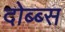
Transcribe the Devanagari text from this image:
दोब्ब्स